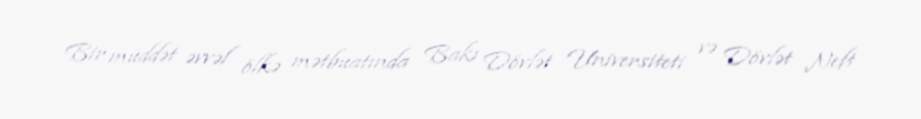
Bir müddət əvvəl ölkə mətbuatında Bakı Dövlət Universiteti və Dövlət Neft